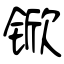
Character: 锨